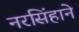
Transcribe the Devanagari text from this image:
नरसिंहाने